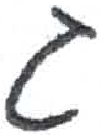
אות: ג